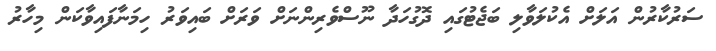
ސަރުކާރުން އަލަށް އެކުލަވާލި ބަޖެޓުގައި ދޮގުހަދާ ނޫސްވެރިންނަށް ވަރަށް ބައިވަރު ހިމަނާފައިވާކަން މިހާރު